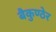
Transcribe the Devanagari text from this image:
बैकुण्ठेर